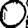
Digit: 0